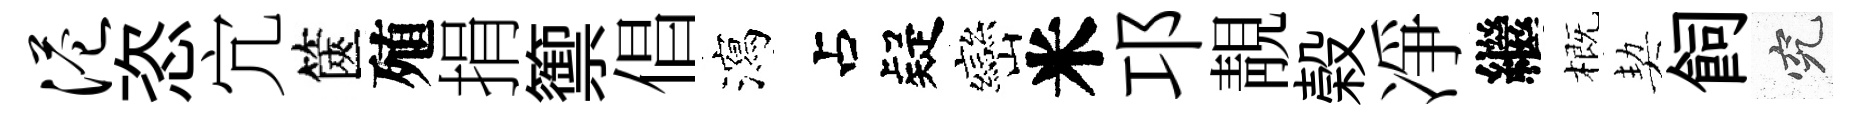
港恣宂篋殖捐籞倡瀉疑巒米邛靚榖凈繼概契飼究